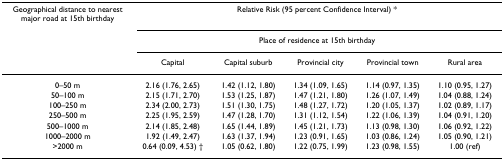
<table><thead><tr><td><b>Geographical distance to nearest major road at 15th birthday</b></td><td colspan="5"><b>Relative Risk (95 percent Confidence Interval) *</b></td></tr><tr><td></td><td colspan="5"><b>Place of residence at 15th birthday</b></td></tr><tr><td></td><td><b>Capital</b></td><td><b>Capital suburb</b></td><td><b>Provincial city</b></td><td><b>Provincial town</b></td><td><b>Rural area</b></td></tr></thead><tbody><tr><td>0–50 m</td><td>2.16 (1.76, 2.65)</td><td>1.42 (1.12, 1.80)</td><td>1.34 (1.09, 1.65)</td><td>1.14 (0.97, 1.35)</td><td>1.10 (0.95, 1.27)</td></tr><tr><td>50–100 m</td><td>2.15 (1.71, 2.70)</td><td>1.53 (1.25, 1.87)</td><td>1.47 (1.21, 1.80)</td><td>1.26 (1.07, 1.49)</td><td>1.04 (0.88, 1.24)</td></tr><tr><td>100–250 m</td><td>2.34 (2.00, 2.73)</td><td>1.51 (1.30, 1.75)</td><td>1.48 (1.27, 1.72)</td><td>1.20 (1.05, 1.37)</td><td>1.02 (0.89, 1.17)</td></tr><tr><td>250–500 m</td><td>2.25 (1.95, 2.59)</td><td>1.47 (1.28, 1.70)</td><td>1.31 (1.12, 1.54)</td><td>1.22 (1.06, 1.39)</td><td>1.04 (0.91, 1.20)</td></tr><tr><td>500–1000 m</td><td>2.14 (1.85, 2.48)</td><td>1.65 (1.44, 1.89)</td><td>1.45 (1.21, 1.73)</td><td>1.13 (0.98, 1.30)</td><td>1.06 (0.92, 1.22)</td></tr><tr><td>1000–2000 m</td><td>1.92 (1.49, 2.47)</td><td>1.63 (1.37, 1.94)</td><td>1.23 (0.91, 1.65)</td><td>1.03 (0.86, 1.24)</td><td>1.05 (0.90, 1.21)</td></tr><tr><td>&gt;2000 m</td><td>0.64 (0.09, 4.53) †</td><td>1.05 (0.62, 1.80)</td><td>1.22 (0.75, 1.99)</td><td>1.23 (0.98, 1.55)</td><td>1.00 (ref)</td></tr></tbody></table>